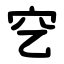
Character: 穵